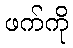
ဖက်ကို